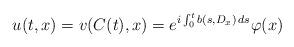
LaTeX: \begin{align*}u(t,x)=v(C(t),x)=e^{i\int^t_0b(s,D_x)\,ds}\varphi(x)\end{align*}